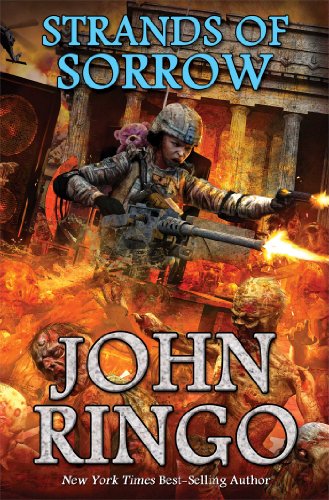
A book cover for Strands of Sorrow (Black Tide Rising); John Ringo; Science Fiction & Fantasy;